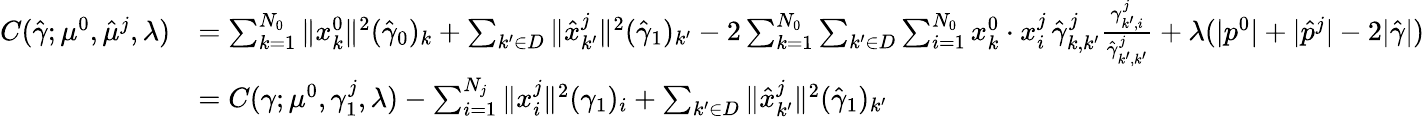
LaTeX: \begin{array}{rl}{C(\hat{\gamma};\mu^{0},\hat{\mu}^{j},\lambda)}&{=\sum_{k=1}^{N_{0}}\| x_{k}^{0}\| ^{2}(\hat{\gamma}_{0})_{k}+\sum_{k^{\prime}\in D}\| \hat{x}_{k^{\prime}}^{j}\| ^{2}(\hat{\gamma}_{1})_{k^{\prime}}-2\sum_{k=1}^{N_{0}}\sum_{k^{\prime}\in D}\sum_{i=1}^{N_{0}}x_{k}^{0}\cdot x_{i}^{j}\, \hat{\gamma}_{k,k^{\prime}}^{j}\frac{\gamma_{k^{\prime},i}^{j}}{\hat{\gamma}_{k^{\prime},k^{\prime}}^{j}}+\lambda(|p^{0}|+|\hat{p}^{j}|-2|\hat{\gamma}|)}\\ &{=C(\gamma;\mu^{0},\gamma_{1}^{j},\lambda)-\sum_{i=1}^{N_{j}}\| x_{i}^{j}\| ^{2}(\gamma_{1})_{i}+\sum_{k^{\prime}\in D}\| \hat{x}_{k^{\prime}}^{j}\| ^{2}(\hat{\gamma}_{1})_{k^{\prime}}}\end{array}